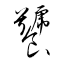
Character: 饕